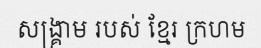
សង្គ្រាម របស់ ខ្មែរ ក្រហម